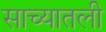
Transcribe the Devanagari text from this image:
साच्यातली